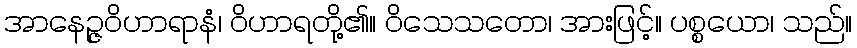
အာနေဉ္ဇဝိဟာရာနံ၊ ဝိဟာရတို့၏။ ဝိသေသတော၊ အားဖြင့်။ ပစ္စယော၊ သည်။